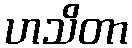
ဟသိတာ